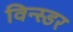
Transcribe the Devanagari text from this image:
विन्स्डर